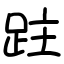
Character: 跓